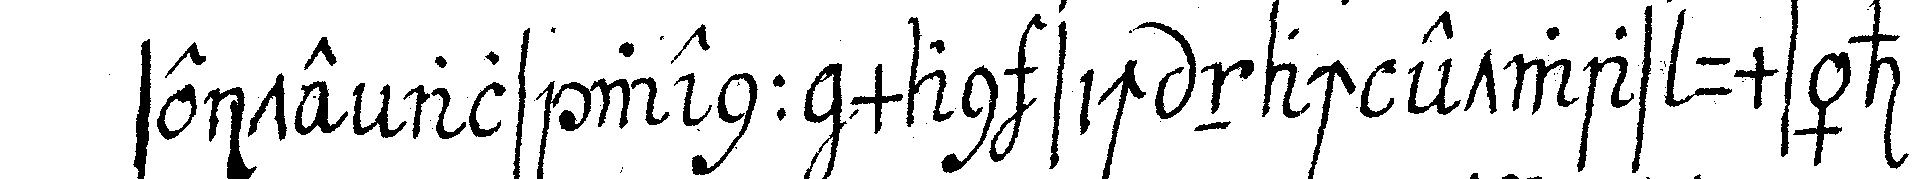
seite als wenn man sich nach etwas umsähe .